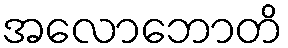
အလောဘောတိ